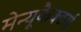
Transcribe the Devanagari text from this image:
मेन्यूफैक्टर्स